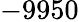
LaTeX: -9950